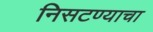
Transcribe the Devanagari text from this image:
निसटण्याचा